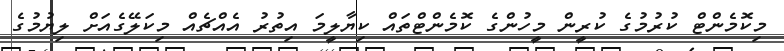
މިކޮމެންޓް ކުރުމުގެ ކުރީން މީހުންގެ ކޮމެންޓްތައް ކިޔާލީމަ އިތުރު އެއްޗެއް މިކަލޭގެއަށް ލިޔުމުގެ